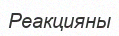
Реакцияны